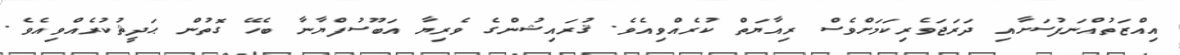
އިއްޒަތުއްނަފުސަށާއި ދަރަޖަވެރިކަމަށްވެސް ރިއާޔަތް ކުރެއްވިއެވެ. ޤުރައިޝުންގެ ވެރިޔާ އަބޫސުފްޔާނާ ބެހޭ ގޮތުން ޙަދީޘުކުރެއްވިއެވެ.